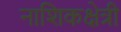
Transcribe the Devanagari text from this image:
नाशिकक्षेत्री